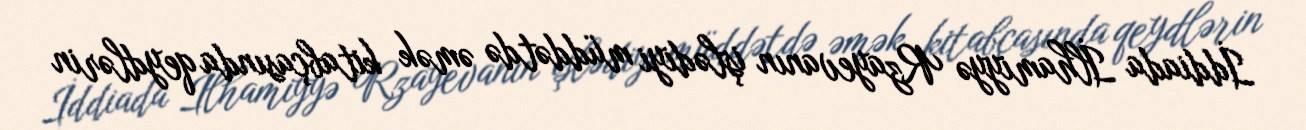
İddiada İlhamiyyə Rzayevanın işlədiyi müddətdə əmək kitabçasında qeydlərin